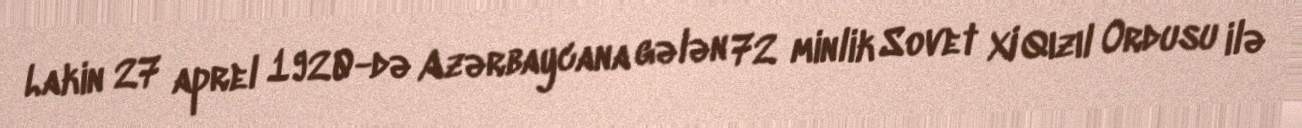
Lakin 27 aprel 1920-də Azərbaycana gələn 72 minlik Sovet XI Qızıl Ordusu ilə